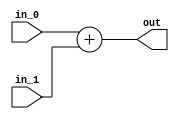
module adder
#(parameter width =32)
(input [width-1:0] in_0,
input [width-1:0] in_1,
output [width-1:0] out 

);
assign out = in_0+in_1 ;
endmodule